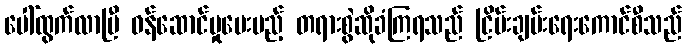
ပေါ်ထွက်လာပြီ ဝန်ဆောင်မှုပေးမည့် တရားစွဲဆိုခံကြရသည် ငြိမ်းချမ်းရေးကောင်စီသည်